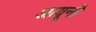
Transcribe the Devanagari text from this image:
आयूनी